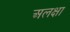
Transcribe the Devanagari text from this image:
अलक्षा